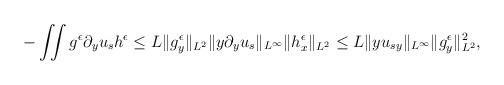
LaTeX: \begin{align*}\begin{aligned}-\iint g^\epsilon \partial_y u_s h^\epsilon &\leq L\Vert g^\epsilon_y\Vert_{L^2} \Vert y\partial_y u_s\Vert_{L^\infty}\Vert h^\epsilon_x\Vert_{L^2}\leq L \Vert yu_{sy} \Vert_{L^\infty}\Vert g^\epsilon_y\Vert_{L^2}^2,\end{aligned}\end{align*}